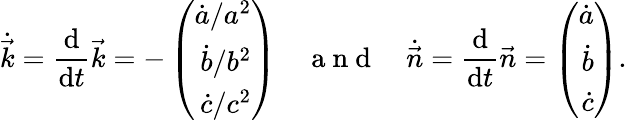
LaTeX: \dot{\vec{k}}=\frac{\mathrm{d}}{\mathrm{d}t}\vec{k}=-\left(\begin{array}{r}{\dot{a}/a^{2}}\\ {\dot{b}/b^{2}}\\ {\dot{c}/c^{2}}\end{array}\right)\enspace\enspace\mathrm{~a~n~d~}\enspace\enspace\dot{\vec{n}}=\frac{\mathrm{d}}{\mathrm{d}t}\vec{n}=\left(\begin{array}{r}{\dot{a}}\\ {\dot{b}}\\ {\dot{c}}\end{array}\right).